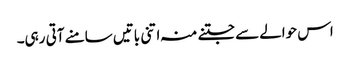
اس حوالےسے جتنے منہ اتنی باتیں سامنے آتی رہی۔